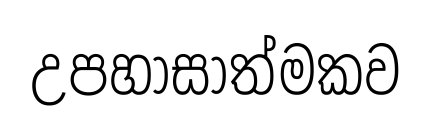
උපහාසාත්මකව